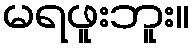
မရဖူးဘူး။